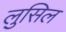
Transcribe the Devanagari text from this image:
लुसिल